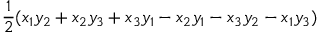
{ \frac { 1 } { 2 } } ( x _ { 1 } y _ { 2 } + x _ { 2 } y _ { 3 } + x _ { 3 } y _ { 1 } - x _ { 2 } y _ { 1 } - x _ { 3 } y _ { 2 } - x _ { 1 } y _ { 3 } )